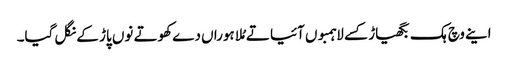
اینے وچ ہک بگھیاڑ کسے لاہمبوں آئیا تے مُلا ہوراں دے کھوتے نوں پاڑ کے نگل گیا۔